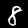
Label: 8